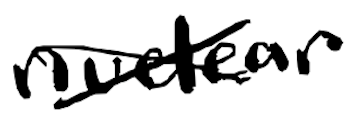
Text: nuclear
Cross-out: mix
Writing tool: digital_black